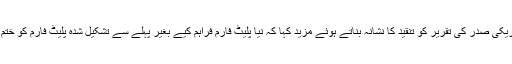
جرمن چانسلر انگیلا میرکل نے امریکی صدر کی تقریر کو تنقید کا نشانہ بناتے ہوئے مزید کہا کہ نیا پلیٹ فارم فراہم کیے بغیر پہلے سے تشکیل شدہ پلیٹ فارم کو ختم کر دینا انتہائی خطرناک عمل ہے۔